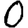
Digit: 0